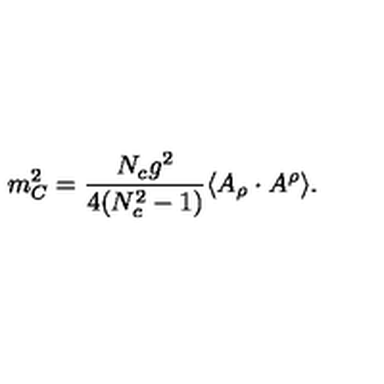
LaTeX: m _ { C } ^ { 2 } = \frac { N _ { c } g ^ { 2 } } { 4 ( N _ { c } ^ { 2 } - 1 ) } \langle A _ { \rho } \cdot A ^ { \rho } \rangle .